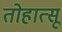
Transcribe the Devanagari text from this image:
तोहात्सू